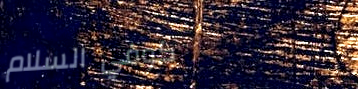
كوفي السلام